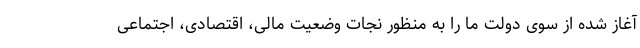
آغاز شده از سوی دولت ما را به منظور نجات وضعیت مالی، اقتصادی، اجتماعی